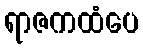
ရာဇကထံပေ